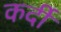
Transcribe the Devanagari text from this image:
कर्दी